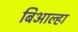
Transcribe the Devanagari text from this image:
बिआल्हा